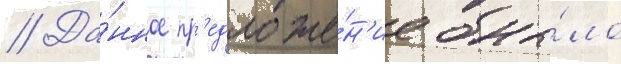
// Да́нное пр'едложе́н'ие бы́ло